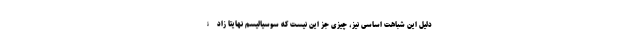
دلیل این شباهت اساسی نیز، چیزی جز این نیست که سوسیالیسم نهایتا زادۀ